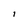
Character: I